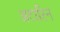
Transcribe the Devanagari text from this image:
अटारिन